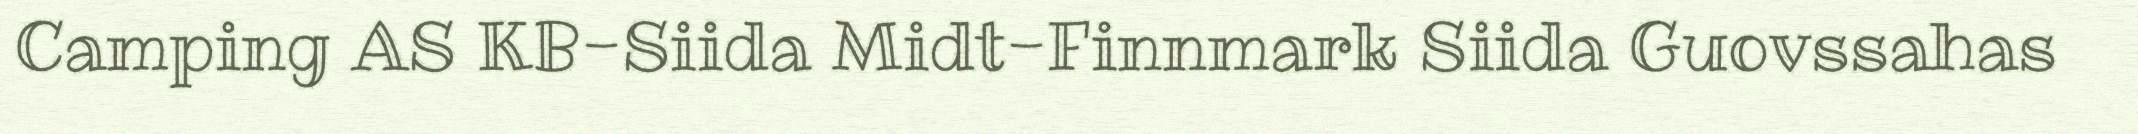
Camping AS KB-Siida Midt-Finnmark Siida Guovssahas